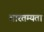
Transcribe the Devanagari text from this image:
तारतम्‍यता